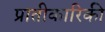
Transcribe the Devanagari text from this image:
प्रातीकारिकी